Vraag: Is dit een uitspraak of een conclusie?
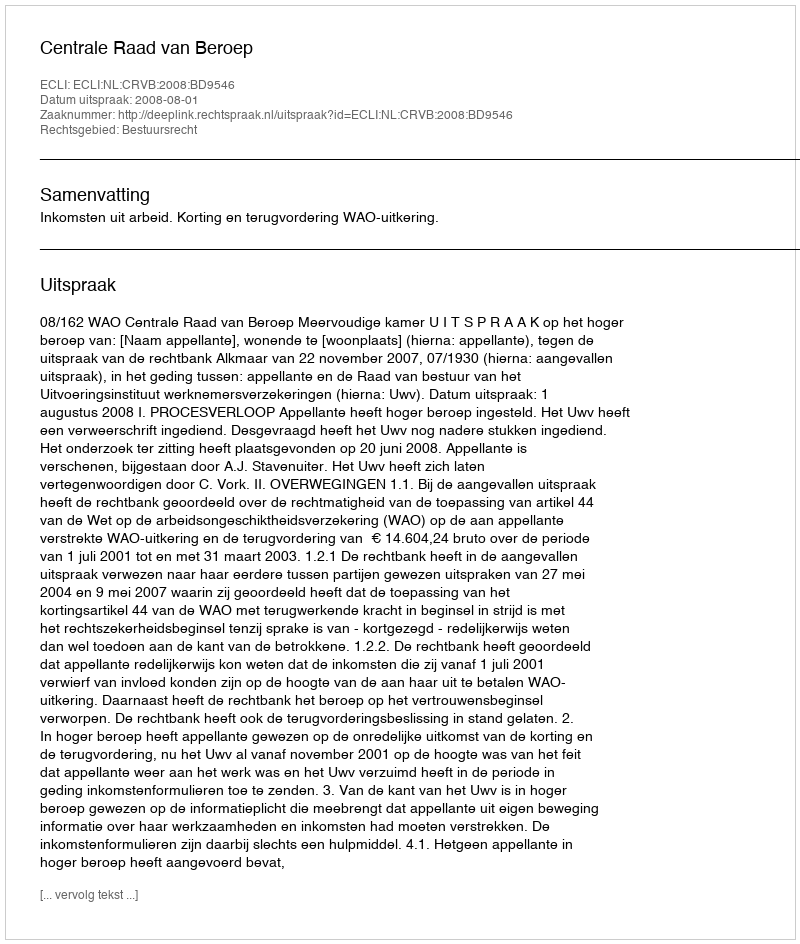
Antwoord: Uitspraak